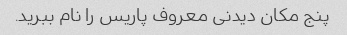
پنج مکان دیدنی معروف پاریس را نام ببرید.